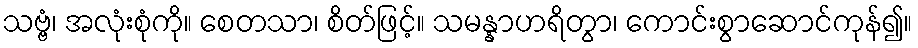
သဗ္ဗံ၊ အလုံးစုံကို။ စေတသာ၊ စိတ်ဖြင့်။ သမန္နာဟရိတွာ၊ ကောင်းစွာဆောင်ကုန်၍။